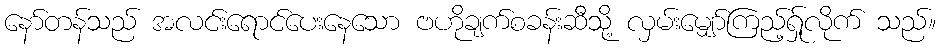
နော်တန်သည် အလင်းရောင်ပေးနေသော ဗဟိုချက်စခန်းဆီသို့ လှမ်းမျှော်ကြည့်ရ်ှုလိုက် သည်။